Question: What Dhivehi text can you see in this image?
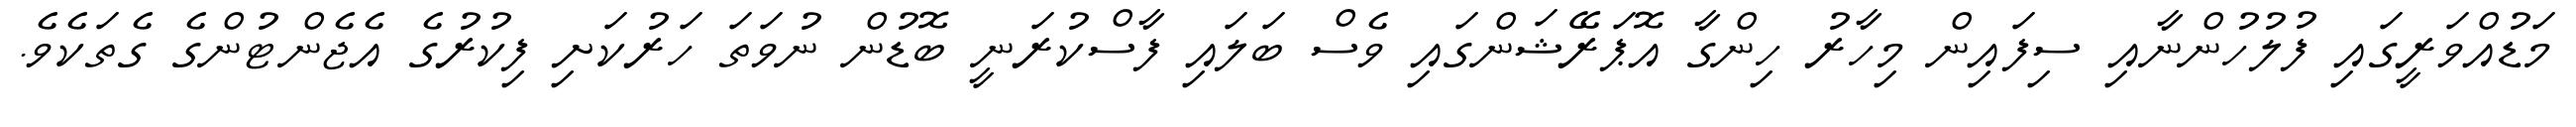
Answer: މަޑުއްވަރީގައި ފުލުހުންނާއި ސިފައިން މިހާރު ހިންގާ އޮޕަރޭޝަންގައި ވެސް ބަލައި ފާސްކުރަނީ ބޮޑުން ނުވަތަ ހަރުކަށި ފިކުރުގެ އެޖެންޓުންގެ ގެތަކެވެ.